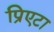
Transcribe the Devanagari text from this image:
प्रिएटा